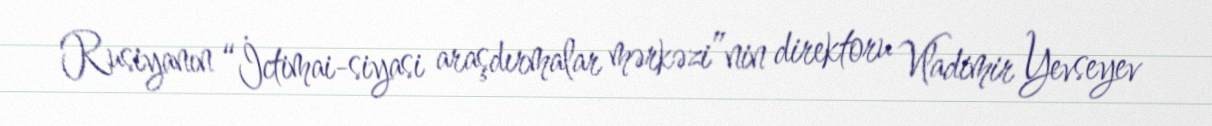
Rusiyanın “İctimai-siyasi araşdırmalar mərkəzi”nin direktoru Vladimir Yevseyev